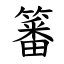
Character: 䉒